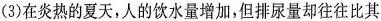
(3)在炎热的夏天，人的饮水量增加，但排尿量却往往比其